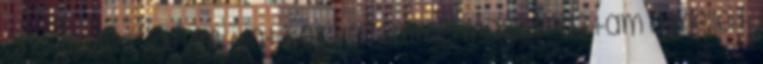
ahol csak tudtam. Mint két kezemmel masszíroztam a melleit,